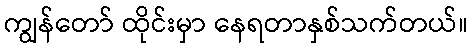
ကျွန်တော် ထိုင်းမှာ နေရတာနှစ်သက်တယ်။